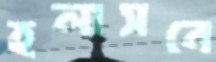
হলাসনে